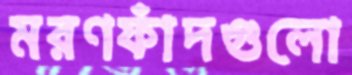
মরণফাঁদগুলো